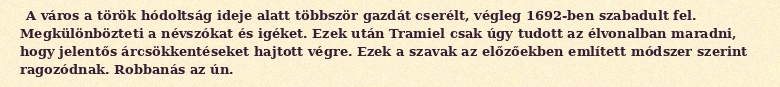
A város a török hódoltság ideje alatt többször gazdát cserélt, végleg 1692-ben szabadult fel. Megkülönbözteti a névszókat és igéket. Ezek után Tramiel csak úgy tudott az élvonalban maradni, hogy jelentős árcsökkentéseket hajtott végre. Ezek a szavak az előzőekben említett módszer szerint ragozódnak. Robbanás az ún.